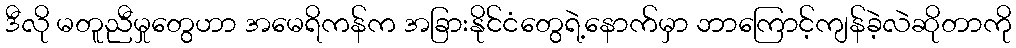
ဒီလို မတူညီမှုတွေဟာ အမေရိကန်က အခြားနိုင်ငံတွေရဲ့နောက်မှာ ဘာကြောင့်ကျန်ခဲ့လဲဆိုတာကို